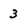
Character: 3